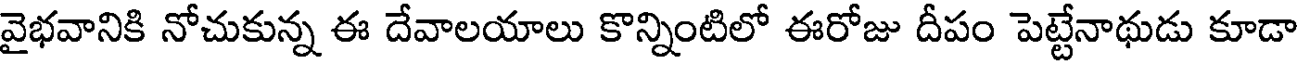
వైభవానికి నోచుకున్న ఈ దేవాలయాలు కొన్నింటిలో ఈరోజు దీపం పెట్టేనాథుడు కూడా